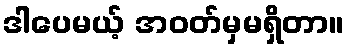
ဒါပေမယ့် အဝတ်မှမရှိတာ။